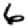
Digit: 6